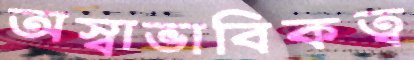
অস্বাভাবিকত্ব